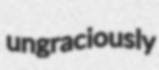
ungraciously